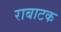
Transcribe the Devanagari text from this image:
राबाटक